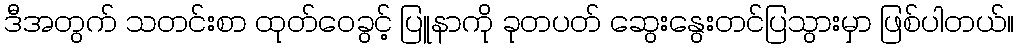
ဒီအတွက် သတင်းစာ ထုတ်ဝေခွင့် ပြူနာကို ခုတပတ် ဆွေးနွေးတင်ပြသွားမှာ ဖြစ်ပါတယ်။